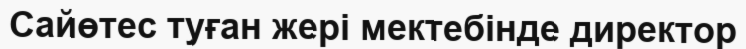
Сайөтес туған жері мектебінде директор